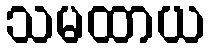
သမထာယ